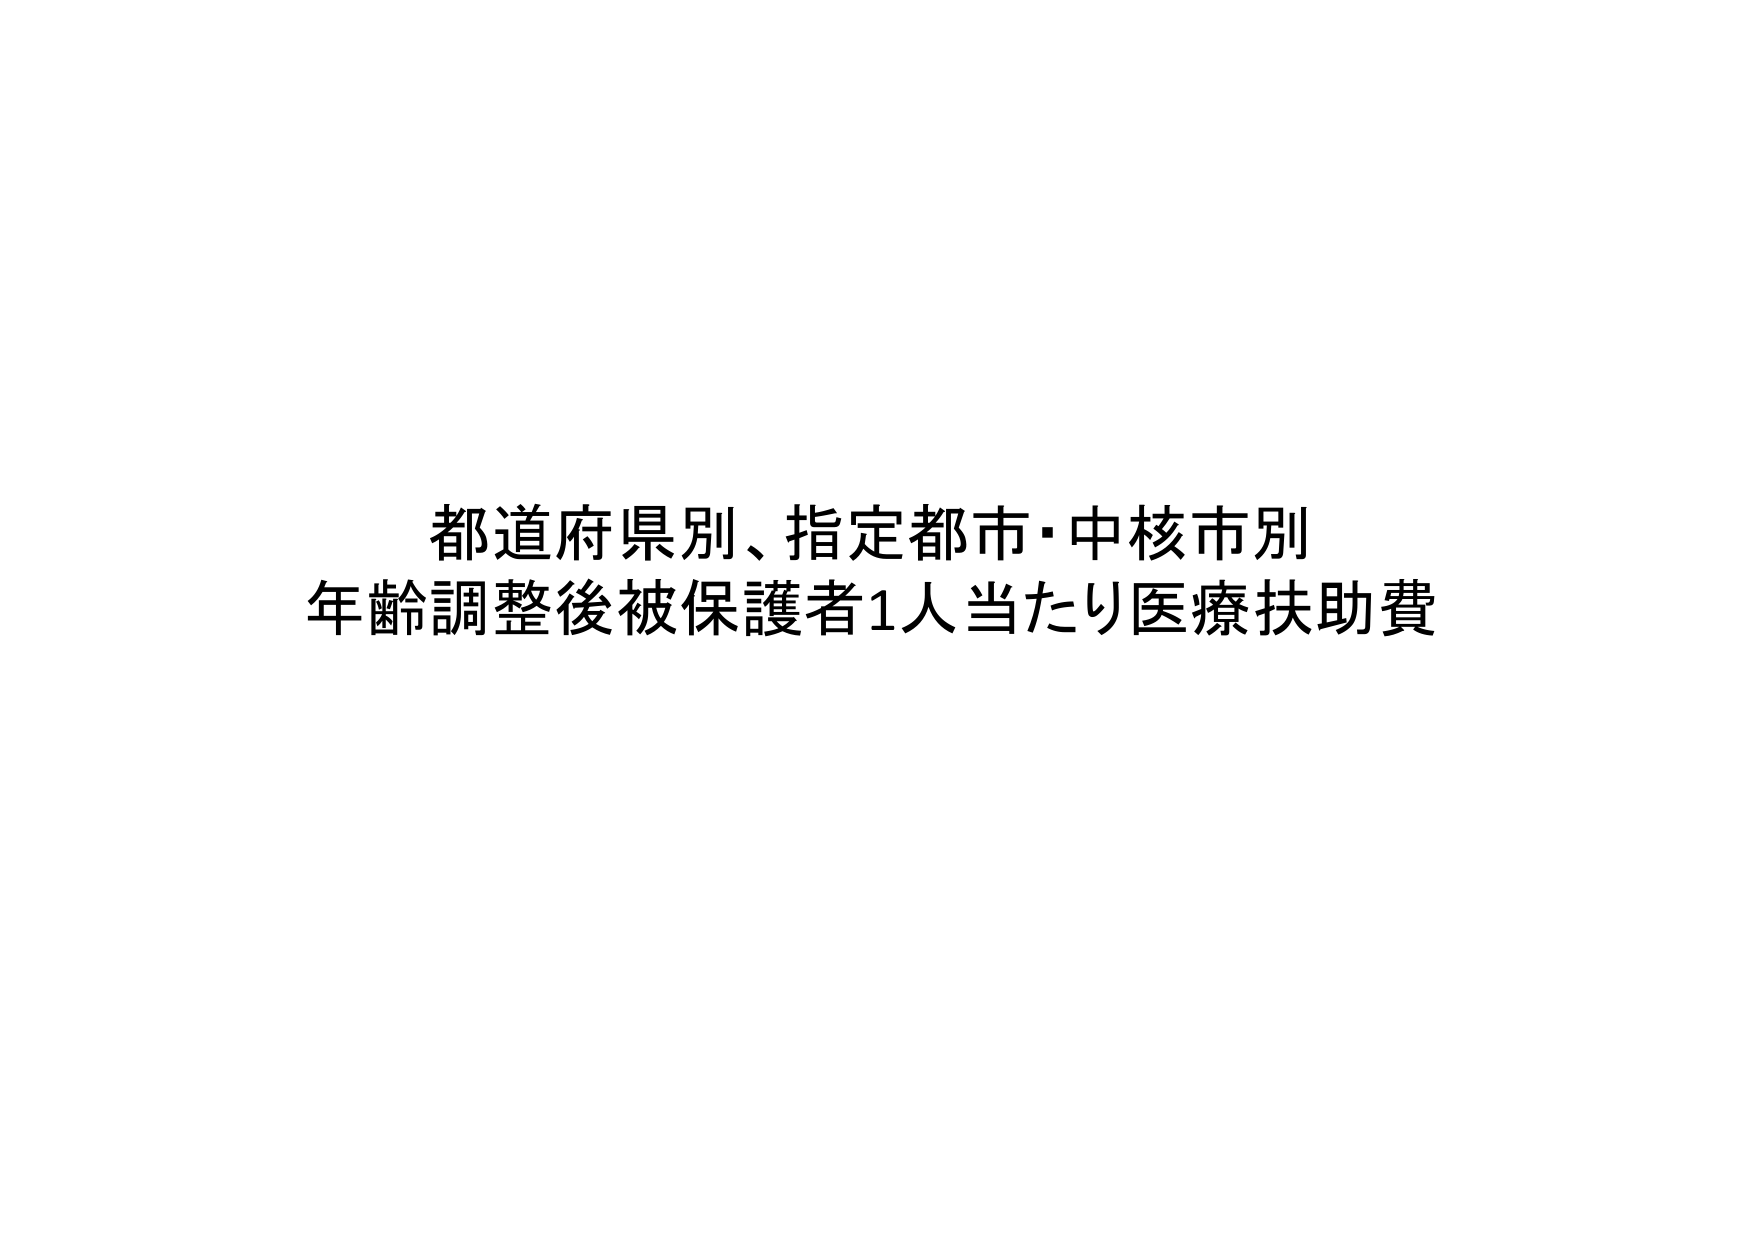
都道府県別、指定都市・中核市別
年齢調整後被保護者1人当たり医療扶助費